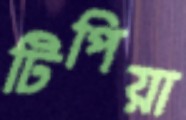
টিপিয়া